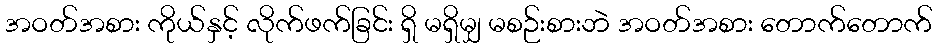
အဝတ်အစား ကိုယ်နှင့် လိုက်ဖက်ခြင်း ရှိ မရှိမျှ မစဉ်းစားဘဲ အဝတ်အစား တောက်တောက်